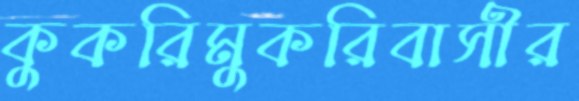
কুকরিমুকরিবাসীর